Report on the working of the Ranchi Indian Mental Hospital, Kanke, in Bihar and Orissa - 1930-1940
Year: 1930
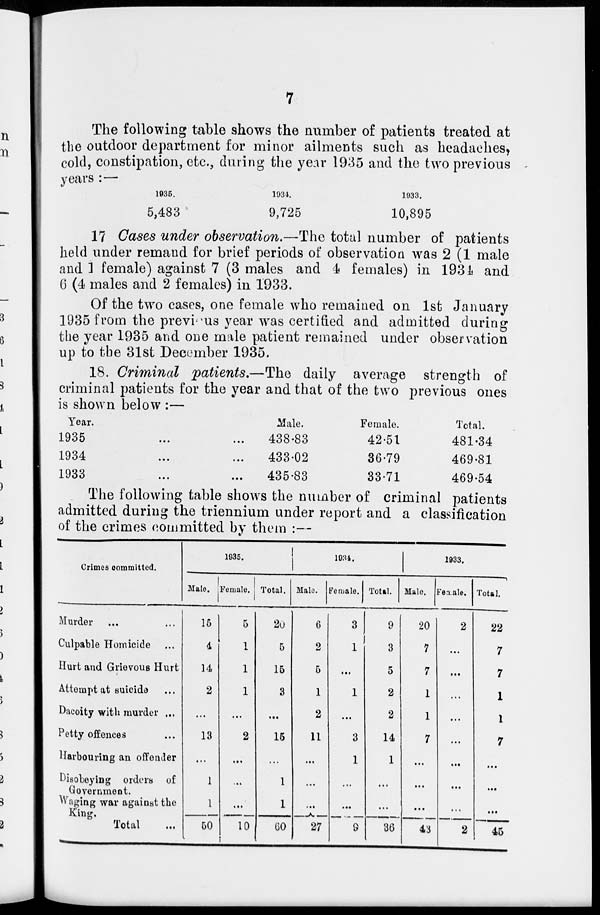
7
The following table shows the number of patients treated at
the outdoor department for minor ailments such as headaches,
cold, constipation, etc., during the year 1935 and the two previous
years :—
1935.
5,483
1934.
9,725
1933.
10,895
17 Cases under observation.—The total number of patients
held under remand for brief periods of observation was 2 (1 male
and 1 female) against 7 (3 males and 4 females) in 1934 and
6 (4 males and 2 females) in 1933.
Of the two cases, one female who remained on 1st January
1935 from the previous year was certified and admitted during
the year 1935 and one male patient remained under observation
up to the 31st December 1935.
18. Criminal patients.—The daily average strength of
criminal patients for the year and that of the two previous ones
is shown below :—
Year.
1935 ... ...
1934 ... ...
1933 ... ...
Male.
438.83
433.02
435.83
Female.
42.51
36.79
33.71
Total.
481.34
469.81
469.54
The following table shows the number of criminal patients
admitted during the triennium under report and a classification
of the crimes committed by them :—
Crimes committed.
Murder ... ...
Culpable Homicide ...
Hurt and Grievous Hurt
Attempt at suicide ...
Dacoity with murder ...
Petty offences ...
Harbouring an offender
Disobeying orders of
Government.
Waging war against the
Kings.
Total ...
1935.
Male.
15
4
14
2
...
13
...
1
1
50
Female.
5
1
1
1
...
2
...
...
...
10
Total.
20
5
15
3
...
15
1
1
60
1934.
Male.
6
2
5
1
2
11
...
...
...
27
Female.
3
1
...
1
...
3
1
...
...
9
Total.
9
3
5
2
2
14
1
...
...
36
1933.
Male.
20
7
7
1
1
7
...
...
...
43
Female.
2
...
...
...
...
...
...
...
...
2
Total.
22
7
7
1
1
7
...
...
...
45